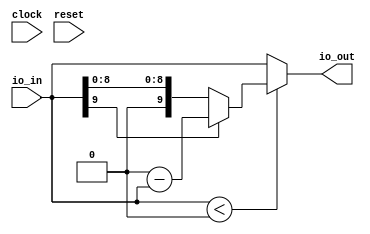
module SignedModule(
  input        clock,
  input        reset,
  input  [9:0] io_in,
  output [9:0] io_out
);
  wire  _T_7 = $signed(io_in) < 10'sh0; // @[SIntTypeClass.scala 66:35]
  wire [9:0] _T_17 = 10'sh0 - $signed(io_in); // @[SIntTypeClass.scala 28:50]
  wire [9:0] _T_18 = io_in[9] ? $signed(_T_17) : $signed(io_in); // @[SIntTypeClass.scala 140:31]
  assign io_out = _T_7 ? $signed(_T_18) : $signed(io_in); // @[TypeclassSpec.scala 62:21]
endmodule